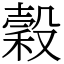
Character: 穀